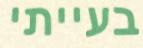
בעייתי